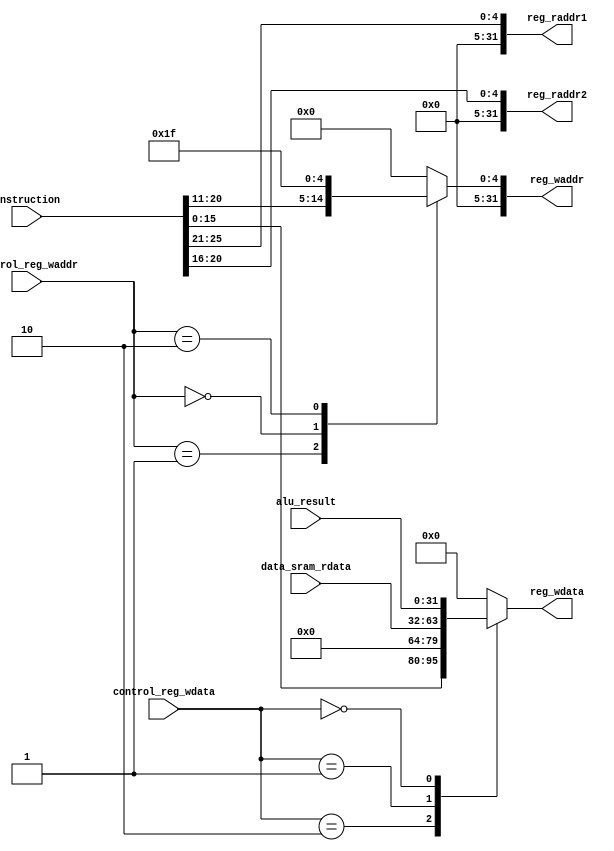
`timescale 1ns / 1ps
//////////////////////////////////////////////////////////////////////////////////
// Company: 
// Engineer: 
// 
// Design Name: 
// Module Name: reg_preparer
// Project Name: 
// Target Devices: 
// Tool Versions: 
// Description: 
// 
// Dependencies: 
// 
// Revision:
// Revision 0.01 - File Created
// Additional Comments:
// 
//////////////////////////////////////////////////////////////////////////////////


module reg_preparer(//input signals
                    input  [31:0] instruction,
                    input  [31:0] alu_result,
                    input  [31:0] data_sram_rdata,
                    //control signals
                    input  [1:0] control_reg_waddr,
                    input  [1:0] control_reg_wdata,
                    //output signals
                    output reg [31:0] reg_waddr,
                    output [31:0] reg_raddr1,
                    output  [31:0] reg_raddr2,
                    output reg [31:0] reg_wdata
                    );
    parameter write_to_rd = 2'b00;
    parameter write_to_rt  = 2'b01;
    parameter write_to_31 = 2'b10;
    parameter wdata_from_alu = 2'b00;
    parameter wdata_from_dmem = 2'b01;
    parameter wdata_from_imm  = 2'b10;
    
    // decide what data to write to reg_file
    always @ (*) begin
        case(control_reg_wdata)
        wdata_from_imm:
            reg_wdata = {instruction[15:0],16'd0};
        wdata_from_dmem:
            reg_wdata = data_sram_rdata;
        wdata_from_alu:
            reg_wdata = alu_result;
        default:
            reg_wdata = 32'b0;
        endcase
    end

    //dicide what address to write
    always @ (*) begin
        case(control_reg_waddr)
        write_to_rt:
            reg_waddr = instruction[20:16];
        write_to_rd:
            reg_waddr = instruction[15:11];
        write_to_31:
            reg_waddr = 5'd31;
        default:
            reg_waddr = 5'd0;
        endcase
    end

    //decide what to read
    assign reg_raddr1 = instruction[25:21]; //read rs
    assign reg_raddr2 = instruction[20:16]; //read rt
    
endmodule